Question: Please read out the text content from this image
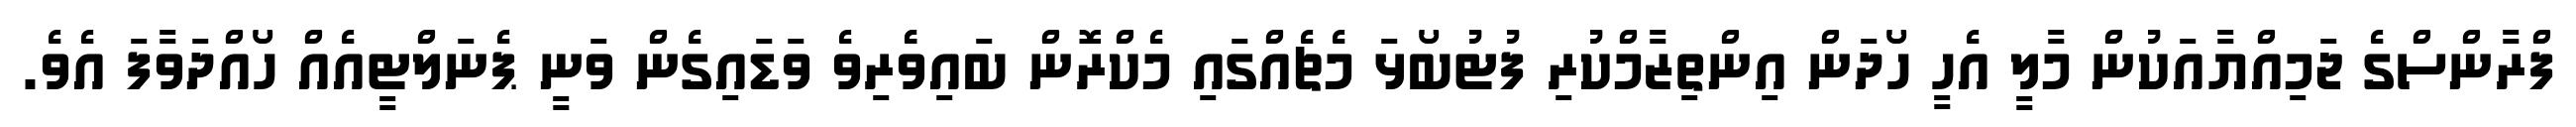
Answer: ފްރާންސްގެ ޖަމިއްޔާއަކުން މާލީ އެހީ ހޯދަން އިންތިޒާމްކުރި ފުޓުބޯޅަ މެޗެއްގައި މެކްރޮން ބައިވެެރިވެ ވަޑައިގެން ވަނީ ޕެނަލްޓީއެއް ހޯއްދަވާފަ އެވެ.